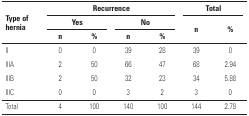
| <ROWSPAN=3> Type of hernia | <COLSPAN=4> Recurrence | <COLSPAN=2> Total |
 | <COLSPAN=2> Yes | <COLSPAN=2> No | <ROWSPAN=2> n | <ROWSPAN=2> % |
 | n | % | n | % |
 | --- | --- | --- | --- | --- | --- | --- |
 | II | 0 | 0 | 39 | 28 | 39 | 0 |
 | IIIA | 2 | 50 | 66 | 47 | 68 | 2.94 |
 | IIIB | 2 | 50 | 32 | 23 | 34 | 5.88 |
 | IIIC | 0 | 0 | 3 | 2 | 3 | 0 |
 | Total | 4 | 100 | 140 | 100 | 144 | 2.78 |